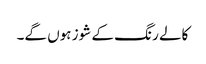
کالے رنگ کے شوز ہوں گے۔